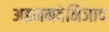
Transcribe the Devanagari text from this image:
अहमनदेनिजाद